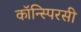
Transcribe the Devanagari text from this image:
कॉन्स्पिरसी